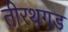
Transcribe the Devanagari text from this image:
तीरथगड